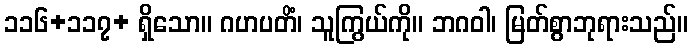
၁၁၆+၁၁၇+ ရှိသော။ ဂဟပတိံ၊ သူကြွယ်ကို။ ဘဂဝါ၊ မြတ်စွာဘုရားသည်။